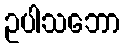
ဥပါသဘော